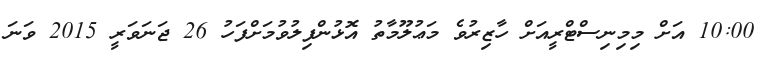
10:00 އަށް މިމިނިސްޓްރީއަށް ހާޒިރުވެ މަޢުލޫމާތު އޮޅުންފިލުވުމަށްފަހު 26 ޖަނަވަރީ 2015 ވަނަ